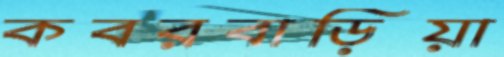
কবরবাড়িয়া